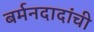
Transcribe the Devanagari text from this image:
बर्मनदादांची